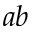
a b